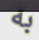
به